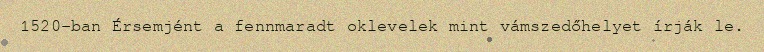
1520-ban Érsemjént a fennmaradt oklevelek mint vámszedőhelyet írják le.